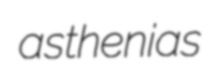
asthenias